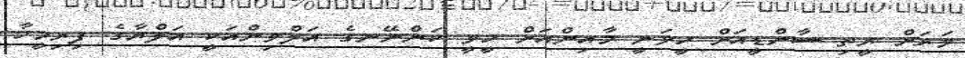
ވަރަށް ރީތި ސާންޑީއަށް ހީވަނީ މާއިންއަށް ހީވީ ކަންނޭނގެ އަލްވިންއަކީ އަލްޔާގެ ފިރިމީހާ